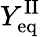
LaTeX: Y_{\mathrm{eq}}^{\mathrm{II}}